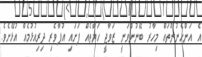
އެ އަންހެނުންތައް މިހާރު ބޭނުންވަނީ ޒަވާޖީ ހަޔާތެއް ފަށައި އުފާވެރި ދިރިއުޅުމެއް އުޅޭށެވެ.